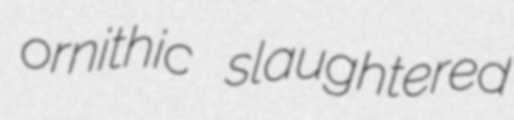
ornithic slaughtered